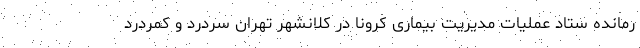
رمانده ستاد عملیات مدیریت بیماری کرونا در کلانشهر تهران سردرد و کمردرد